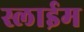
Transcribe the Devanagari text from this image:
स्लाईम